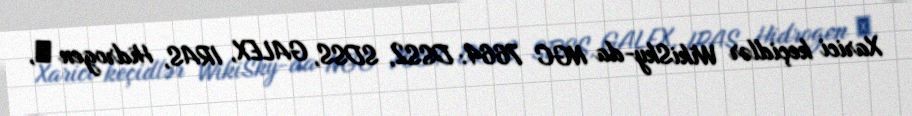
Xarici keçidlər WikiSky-da NGC 7664: DSS2, SDSS, GALEX, IRAS, Hidrogen α,